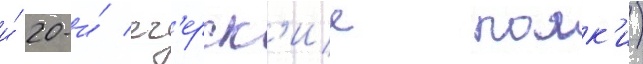
и́ 20-и́ ег'ерск'ие полк'и)